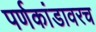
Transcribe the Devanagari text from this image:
पर्णकांडावरच